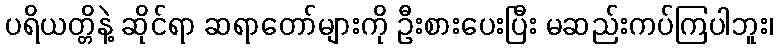
ပရိယတ္တိနဲ့ ဆိုင်ရာ ဆရာတော်များကို ဦးစားပေးပြီး မဆည်းကပ်ကြပါဘူး၊